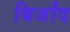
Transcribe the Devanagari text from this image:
बिर्जांद